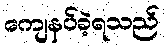
ကျေနပ်ခဲ့ရသည်